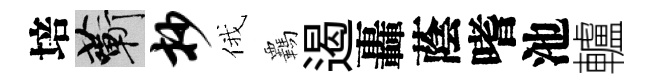
培蔪抄俄覊遏轟蔭嗜池轤